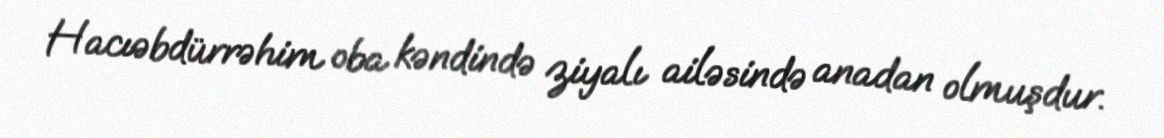
Hacıəbdürrəhim oba kəndində ziyalı ailəsində anadan olmuşdur.